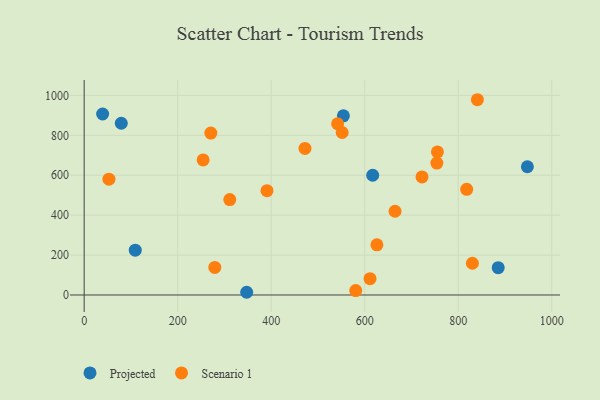
{"axis": {"x": "Ad Spend", "y": "Salary"}, "legend": ["Projected", "Scenario 1"], "data": [{"x": "947.9", "y": 642.4, "type": "Projected"}, {"x": "554.4", "y": 897.4, "type": "Projected"}, {"x": "109.3", "y": 224.5, "type": "Projected"}, {"x": "347.6", "y": 13.6, "type": "Projected"}, {"x": "885.5", "y": 137.0, "type": "Projected"}, {"x": "617.1", "y": 599.8, "type": "Projected"}, {"x": "39.5", "y": 906.7, "type": "Projected"}, {"x": "79.4", "y": 860.3, "type": "Projected"}, {"x": "626.1", "y": 251.3, "type": "Scenario 1"}, {"x": "391.0", "y": 522.8, "type": "Scenario 1"}, {"x": "830.3", "y": 159.1, "type": "Scenario 1"}, {"x": "53.0", "y": 580.4, "type": "Scenario 1"}, {"x": "754.3", "y": 660.6, "type": "Scenario 1"}, {"x": "254.4", "y": 676.7, "type": "Scenario 1"}, {"x": "279.4", "y": 138.1, "type": "Scenario 1"}, {"x": "664.9", "y": 419.4, "type": "Scenario 1"}, {"x": "841.0", "y": 978.2, "type": "Scenario 1"}, {"x": "270.9", "y": 811.1, "type": "Scenario 1"}, {"x": "472.3", "y": 734.1, "type": "Scenario 1"}, {"x": "311.4", "y": 477.9, "type": "Scenario 1"}, {"x": "542.0", "y": 857.9, "type": "Scenario 1"}, {"x": "580.8", "y": 22.2, "type": "Scenario 1"}, {"x": "722.6", "y": 591.5, "type": "Scenario 1"}, {"x": "755.5", "y": 716.6, "type": "Scenario 1"}, {"x": "551.8", "y": 813.9, "type": "Scenario 1"}, {"x": "611.4", "y": 81.5, "type": "Scenario 1"}, {"x": "818.1", "y": 529.4, "type": "Scenario 1"}]}